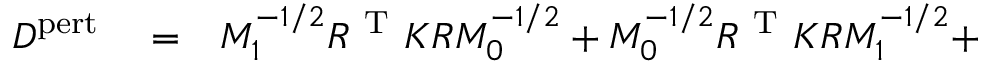
\begin{array} { r l r } { D ^ { \mathrm { p e r t } } } & { { } = } & { M _ { 1 } ^ { - 1 / 2 } R ^ { \mathrm { ~ T ~ } } K R M _ { 0 } ^ { - 1 / 2 } + M _ { 0 } ^ { - 1 / 2 } R ^ { \mathrm { ~ T ~ } } K R M _ { 1 } ^ { - 1 / 2 } + } \end{array}